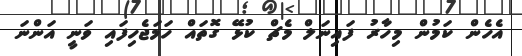
އެހެން ކަމުން މިހާރު ފައިނަލް މެޗް ކުޅޭ ގޮތައް ހަމަޖެހިފައި ވަނީ އަންނަ